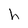
Character: h